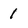
Character: 1